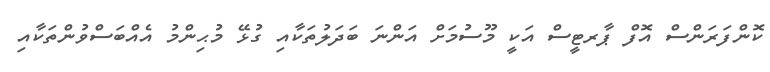
ކޮންފަރަންސް އޮފް ޕާރޓީސް އަކީ މޫސުމަށް އަންނަ ބަދަލުތަކާއި ގުޅޭ މުޙިންމު އެއްބަސްވުންތަކާއި